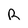
Character: R